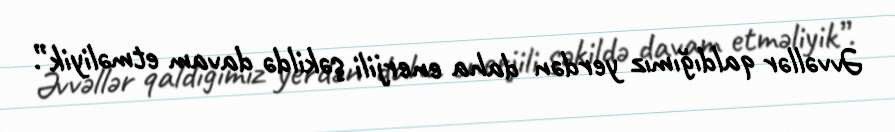
Əvvəllər qaldığımız yerdən daha enerjili şəkildə davam etməliyik”.